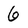
Character: 6